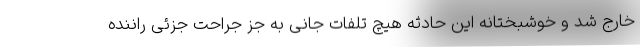
خارج شد و خوشبختانه این حادثه هیچ تلفات جانی به جز جراحت جزئی راننده